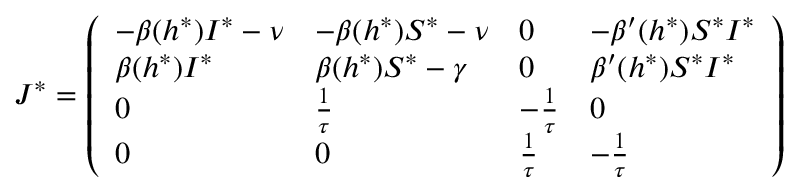
J ^ { * } = \left( \begin{array} { l l l l } { - \beta ( h ^ { * } ) I ^ { * } - \nu } & { - \beta ( h ^ { * } ) S ^ { * } - \nu } & { 0 } & { - \beta ^ { \prime } ( h ^ { * } ) S ^ { * } I ^ { * } } \\ { \beta ( h ^ { * } ) I ^ { * } } & { \beta ( h ^ { * } ) S ^ { * } - \gamma } & { 0 } & { \beta ^ { \prime } ( h ^ { * } ) S ^ { * } I ^ { * } } \\ { 0 } & { \frac { 1 } { \tau } } & { - \frac { 1 } { \tau } } & { 0 } \\ { 0 } & { 0 } & { \frac { 1 } { \tau } } & { - \frac { 1 } { \tau } } \end{array} \right)